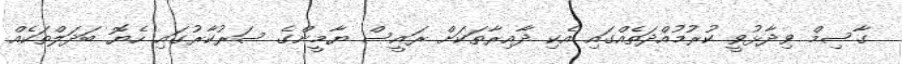
ގާސިމް ވިދާޅުވީ ކުރުމުއްދަތެއްގައި އެކި ދާއިރާތަކަށް ރައީސް ޔާމީންގެ ސަރުކާރުގައި ހެޔޮ ބަދަލްތަކެއް